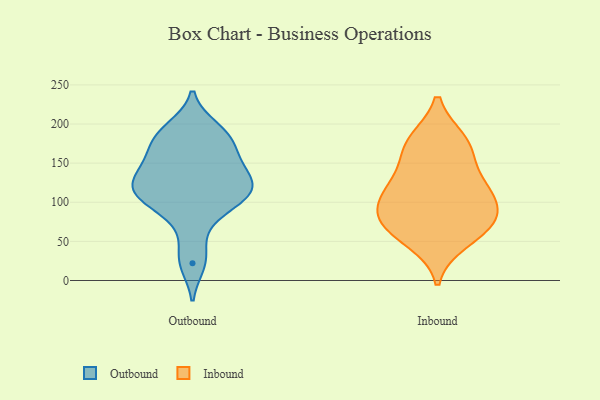
{"axis": {"x": "Active Users", "y": "Value"}, "legend": ["Inbound", "Outbound"], "data": [{"x": "", "y": 112, "type": "Outbound"}, {"x": "", "y": 153, "type": "Outbound"}, {"x": "", "y": 128, "type": "Outbound"}, {"x": "", "y": 171, "type": "Outbound"}, {"x": "", "y": 143, "type": "Outbound"}, {"x": "", "y": 22, "type": "Outbound"}, {"x": "", "y": 182, "type": "Outbound"}, {"x": "", "y": 194, "type": "Outbound"}, {"x": "", "y": 132, "type": "Outbound"}, {"x": "", "y": 107, "type": "Outbound"}, {"x": "", "y": 114, "type": "Outbound"}, {"x": "", "y": 112, "type": "Outbound"}, {"x": "", "y": 107, "type": "Outbound"}, {"x": "", "y": 189, "type": "Outbound"}, {"x": "", "y": 152, "type": "Outbound"}, {"x": "", "y": 123, "type": "Outbound"}, {"x": "", "y": 93, "type": "Outbound"}, {"x": "", "y": 30, "type": "Outbound"}, {"x": "", "y": 72, "type": "Outbound"}, {"x": "", "y": 182, "type": "Outbound"}, {"x": "", "y": 175, "type": "Inbound"}, {"x": "", "y": 166, "type": "Inbound"}, {"x": "", "y": 123, "type": "Inbound"}, {"x": "", "y": 101, "type": "Inbound"}, {"x": "", "y": 178, "type": "Inbound"}, {"x": "", "y": 124, "type": "Inbound"}, {"x": "", "y": 73, "type": "Inbound"}, {"x": "", "y": 112, "type": "Inbound"}, {"x": "", "y": 51, "type": "Inbound"}, {"x": "", "y": 65, "type": "Inbound"}, {"x": "", "y": 80, "type": "Inbound"}, {"x": "", "y": 82, "type": "Inbound"}]}